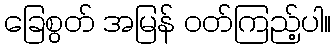
ခြေစွတ် အမြန် ဝတ်ကြည့်ပါ။